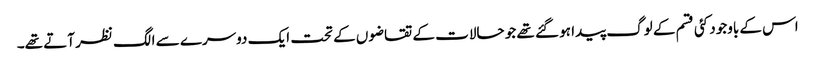
اس کے باوجود کئی قسم کے لوگ پیدا ہو گئے تھے جو حالات کے تقاضوں کے تحت ایک دوسرے سے الگ نظر آتے تھے۔